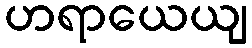
ဟရာယေယျ